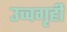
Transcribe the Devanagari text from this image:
उच्चगृही